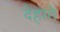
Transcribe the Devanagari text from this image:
देहाते